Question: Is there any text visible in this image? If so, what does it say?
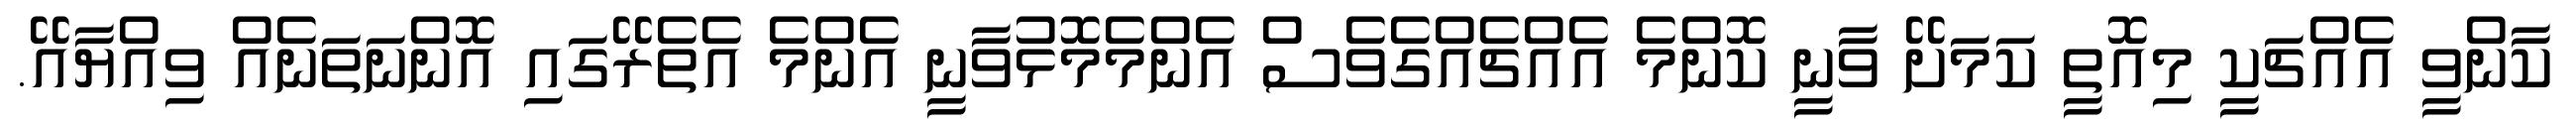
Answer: ކާންވީ އެއްޗަކީ މިއޮތީ ކަމަށޭ ވާނީ ކޮންމެ އެއްޗެއްގެވެސް އެންމެމޮޅުވާނީ އެންމެ އެތެރޭގައި އޮންނަތަނެއް ވިއްޔާއޭ.